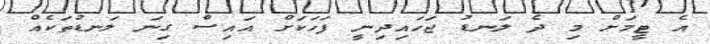
އެ ޓީމަށް މި ދެ ލަނޑު ޖަހައިދިނީ ފަހަކަށް އައިސް ގިނަ ލަނޑުތަކެއް